Indian journal of veterinary science and animal husbandry - Volume 6,
Year: 1936
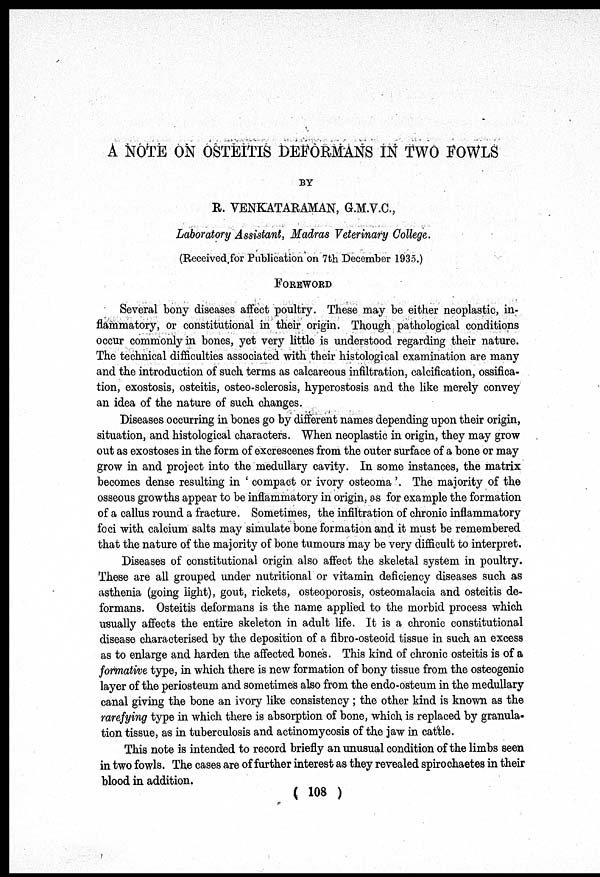
A NOTE ON OSTEITIS DEFORMANS IN TWO FOWLS
BY
R. VENKATARAMAN, G.M.V.C.,
Laboratory Assistant, Madras Veterinary College.
(Received for Publication on 7th December 1935.)
FOREWORD
Several bony diseases affect poultry. These may be either neoplastic, in-
flammatory, or constitutional in their origin. Though pathological conditions
occur commonly in bones, yet very little is understood regarding their nature.
The technical difficulties associated with their histological examination are many
and the introduction of such terms as calcareous infiltration, calcification, ossifica-
tion, exostosis, osteitis, osteo-sclerosis, hyperostosis and the like merely convey
an idea of the nature of such changes.
Diseases occurring in bones go by different names depending upon their origin,
situation, and histological characters. When neoplastic in origin, they may grow
out as exostoses in the form of excrescenes from the outer surface of a bone or may
grow in and project into the medullary cavity. In some instances, the matrix
becomes dense resulting in ' compact or ivory osteoma'. The majority of the
osseous growths appear to be inflammatory in origin, as for example the formation
of a callus round a fracture. Sometimes, the infiltration of chronic inflammatory
foci with calcium salts may simulate bone formation and it must be remembered
that the nature of the majority of bone tumours may be very difficult to interpret.
Diseases of constitutional origin also affect the skeletal system in poultry.
These are all grouped under nutritional or vitamin deficiency diseases such as
asthenia (going light), gout, rickets, osteoporosis, osteomalacia and osteitis de-
formans. Osteitis deformans is the name applied to the morbid process which
usually affects the entire skeleton in adult life. It is a chronic constitutional
disease characterised by the deposition of a fibro-osteoid tissue in such an excess
as to enlarge and harden the affected bones. This kind of chronic osteitis is of a
formative type, in which there is new formation of bony tissue from the osteogenic
layer of the periosteum and sometimes also from the endo-osteum in the medullary
canal giving the bone an ivory like consistency ; the other kind is known as the
rarefying type in which there is absorption of bone, which is replaced by granula-
tion tissue, as in tuberculosis and actinomycosis of the jaw in cattle.
This note is intended to record briefly an unusual condition of the limbs seen
in two fowls. The cases are of further interest as they revealed spirochaetes in their
blood in addition.
( 108 )